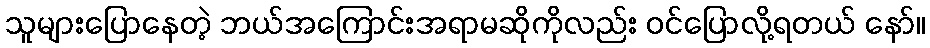
သူများပြောနေတဲ့ ဘယ်အကြောင်းအရာမဆိုကိုလည်း ဝင်ပြောလို့ရတယ် နော်။